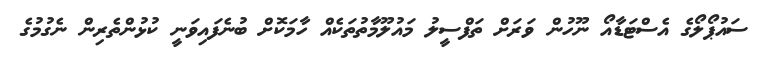
ސައުޕޯލޯގެ އެސްޓަޑާއޯ ނޫހުން ވަރަށް ތަފްސީލު މައުލޫމާތުތަކެއް ހާމަކޮށް ބުނެފައިވަނީ ކުޅުންތެރިން ނެގުމުގެ